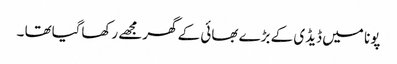
پونا میں ڈیڈی کے بڑے بھائی کے گھرمجھے رکھاگیاتھا ۔